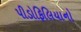
પીડોફિલિયાનો